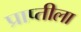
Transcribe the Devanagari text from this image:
प्राप्तीला